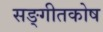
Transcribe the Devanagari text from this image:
सङ्गीतकोष